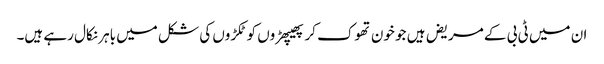
ان میں ٹی بی کے مریض ہیں جو خون تھوک کر پھیپھڑوں کو ٹکڑوں کی شکل میں باہر نکال رہے ہیں۔